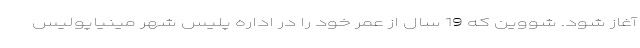
آغاز شود. شووین که 19 سال از عمر خود را در اداره پلیس شهر مینیاپولیس